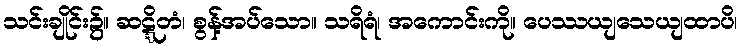
သင်းချိုင်း၌။ ဆဋ္ဋိတံ၊ စွန့်အပ်သော။ သရိရံ၊ အကောင်းကို။ ပေဿယျသေယျထာပိ၊